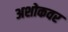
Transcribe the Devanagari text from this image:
अशोकवर